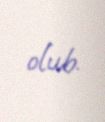
olub.